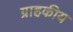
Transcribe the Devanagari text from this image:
ग्राहकीय